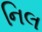
નિલ